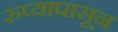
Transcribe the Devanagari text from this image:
रुप्यापासून